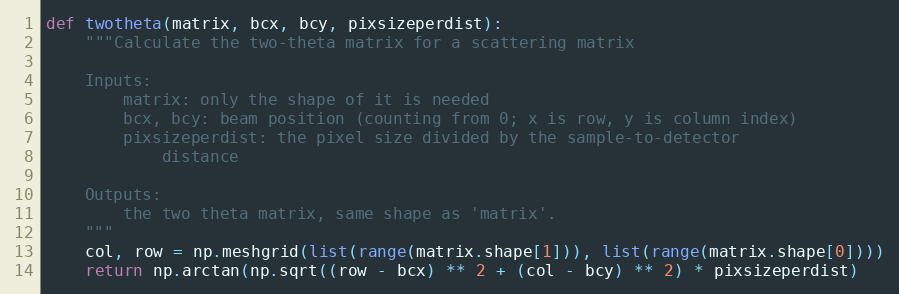
Language: Python
def twotheta(matrix, bcx, bcy, pixsizeperdist):
    """Calculate the two-theta matrix for a scattering matrix

    Inputs:
        matrix: only the shape of it is needed
        bcx, bcy: beam position (counting from 0; x is row, y is column index)
        pixsizeperdist: the pixel size divided by the sample-to-detector
            distance

    Outputs:
        the two theta matrix, same shape as 'matrix'.
    """
    col, row = np.meshgrid(list(range(matrix.shape[1])), list(range(matrix.shape[0])))
    return np.arctan(np.sqrt((row - bcx) ** 2 + (col - bcy) ** 2) * pixsizeperdist)